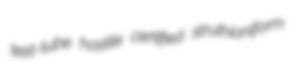
test-tube hostile certified struthioniform